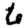
Digit: 6